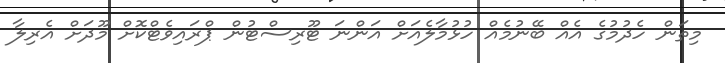
މިތަން ހެދުމުގެ އެއް ބޭނުމެއް ހުޅުމާލެއަށް އަންނަ ޓޫރިސްޓުން ޕްރައިވެޓްކޮށް މޫދަށް އެރިލާ